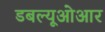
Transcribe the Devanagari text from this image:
डबल्यूओआर